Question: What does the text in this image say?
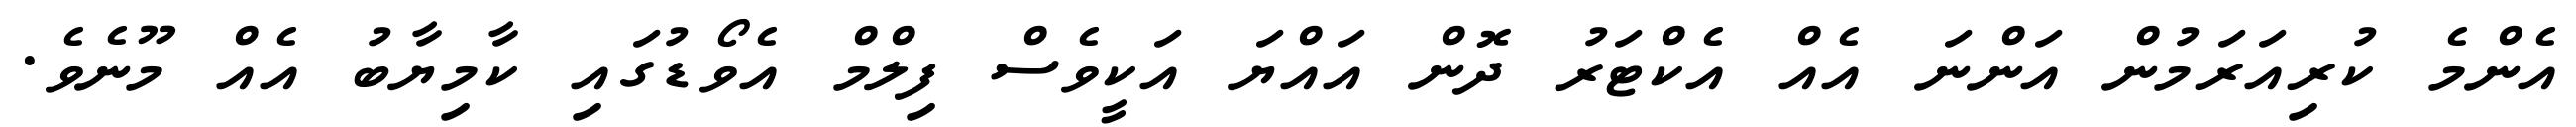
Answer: އެންމެ ކުރިއަރަމުން އަންނަ އެއް އެކްޓަރު ދޮން އައްޔަ އަކީވެސް ފިލްމް އެވޯޑުގައި ކާމިޔާބު އެއް މޫނެވެ.